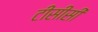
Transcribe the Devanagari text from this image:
टीसीसी